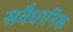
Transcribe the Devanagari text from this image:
सवैधानिक